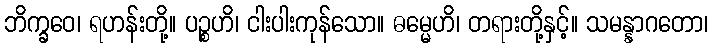
ဘိက္ခဝေ၊ ရဟန်းတို့။ ပဉ္စဟိ၊ ငါးပါးကုန်သော။ ဓမ္မေဟိ၊ တရားတို့နှင့်။ သမန္နာဂတော၊